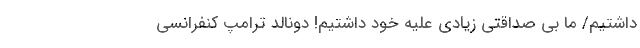
داشتیم/ ما بی صداقتی زیادی علیه خود داشتیم! دونالد ترامپ کنفرانسی